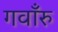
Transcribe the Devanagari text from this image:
गवाँरु